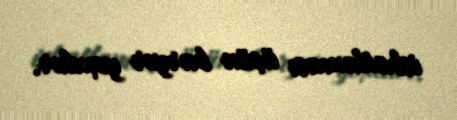
isbatlaması üçün baryer yoxdur.